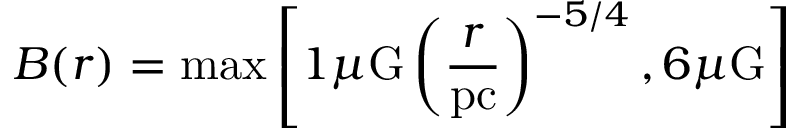
B ( r ) = \mathrm { m a x } \left[ 1 \mu \mathrm { G } \left( \frac { r } { \mathrm { p c } } \right) ^ { - 5 / 4 } , 6 \mu \mathrm { G } \right]